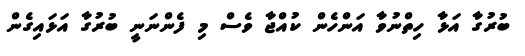
ބުރުގާ އަޅާ ހިތްނުވާ އަންހެން ކުއްޖާ ވެސް މި ފެންނަނީ ބުރުގާ އަޅައިގެން